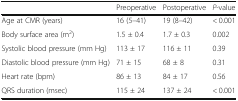
<table><thead><tr><td></td><td><b>Preoperative</b></td><td><b>Postoperative</b></td><td><b><i>P</i>-value</b></td></tr></thead><tbody><tr><td>Age at CMR (years)</td><td>16 (5–41)</td><td>19 (8–42)</td><td>&lt; 0.001</td></tr><tr><td>Body surface area (m<sup>2</sup>)</td><td>1.5 ± 0.4</td><td>1.7 ± 0.3</td><td>0.002</td></tr><tr><td>Systolic blood pressure (mm Hg)</td><td>113 ± 17</td><td>116 ± 11</td><td>0.39</td></tr><tr><td>Diastolic blood pressure (mm Hg)</td><td>71 ± 15</td><td>68 ± 8</td><td>0.31</td></tr><tr><td>Heart rate (bpm)</td><td>86 ± 13</td><td>84 ± 17</td><td>0.56</td></tr><tr><td>QRS duration (msec)</td><td>115 ± 24</td><td>137 ± 24</td><td>&lt; 0.001</td></tr></tbody></table>